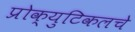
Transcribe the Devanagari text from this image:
प्रोक्युटिकलचे